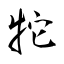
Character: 㸰